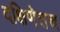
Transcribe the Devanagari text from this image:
दक्षिणेतच